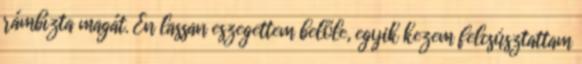
rámbízta magát. Én lassan eszegettem belőle, egyik kezem felcsúsztattam